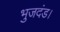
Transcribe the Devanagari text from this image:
भुजदंड।